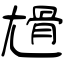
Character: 尳